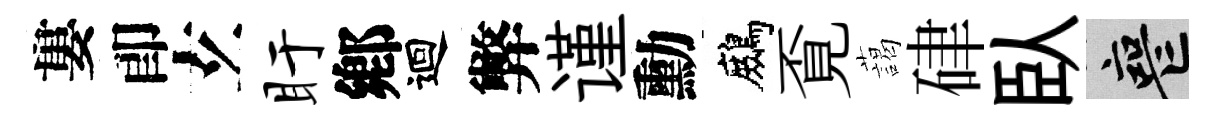
婁卽𤣥盱鄕迴弊谨勳鷓覔藹硉臥喪